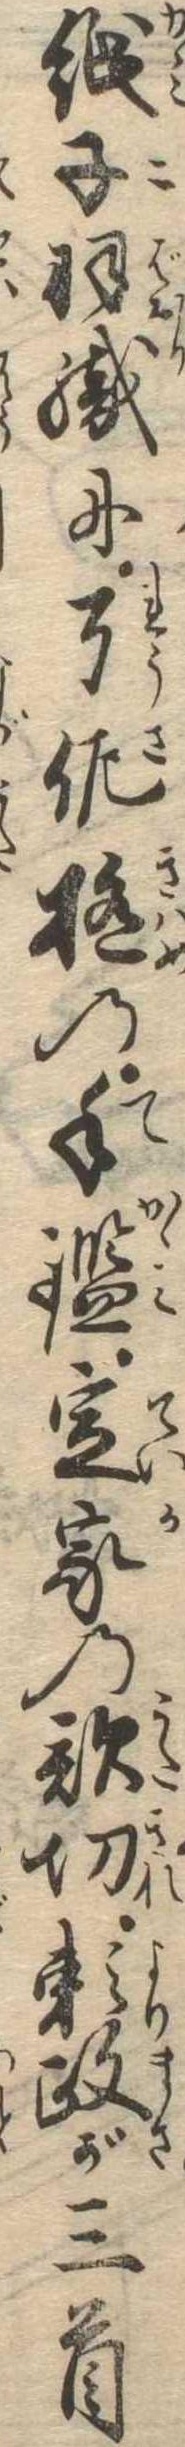
紙子羽織に了佐極の手鑑定家の歌切頼政が三首